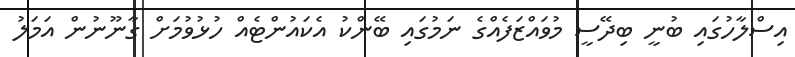
އިސްލާހުގައި ބުނީ ބިދޭސީ މުވައްޒަފެއްގެ ނަމުގައި ބޭންކު އެކައުންޓެއް ހުޅުވުމަށް ގާނޫނުން އަމަލު